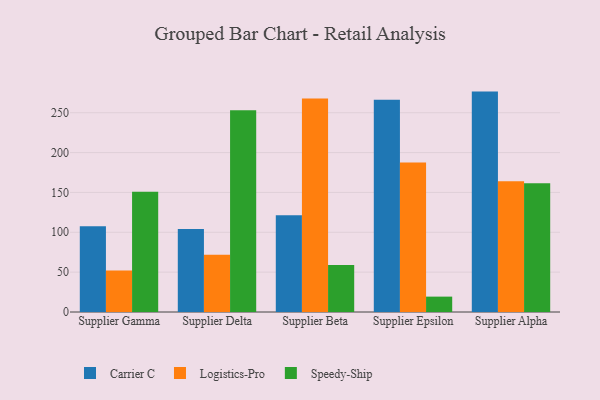
{"axis": {"x": "Supplier", "y": "Temperature (°C)"}, "legend": ["Carrier C", "Logistics-Pro", "Speedy-Ship"], "data": [{"x": "Supplier Gamma", "y": 107.6, "type": "Carrier C"}, {"x": "Supplier Gamma", "y": 52.2, "type": "Logistics-Pro"}, {"x": "Supplier Gamma", "y": 150.9, "type": "Speedy-Ship"}, {"x": "Supplier Delta", "y": 104.0, "type": "Carrier C"}, {"x": "Supplier Delta", "y": 71.9, "type": "Logistics-Pro"}, {"x": "Supplier Delta", "y": 253.1, "type": "Speedy-Ship"}, {"x": "Supplier Beta", "y": 121.4, "type": "Carrier C"}, {"x": "Supplier Beta", "y": 268.0, "type": "Logistics-Pro"}, {"x": "Supplier Beta", "y": 59.0, "type": "Speedy-Ship"}, {"x": "Supplier Epsilon", "y": 266.4, "type": "Carrier C"}, {"x": "Supplier Epsilon", "y": 187.6, "type": "Logistics-Pro"}, {"x": "Supplier Epsilon", "y": 19.3, "type": "Speedy-Ship"}, {"x": "Supplier Alpha", "y": 276.5, "type": "Carrier C"}, {"x": "Supplier Alpha", "y": 164.1, "type": "Logistics-Pro"}, {"x": "Supplier Alpha", "y": 161.4, "type": "Speedy-Ship"}]}